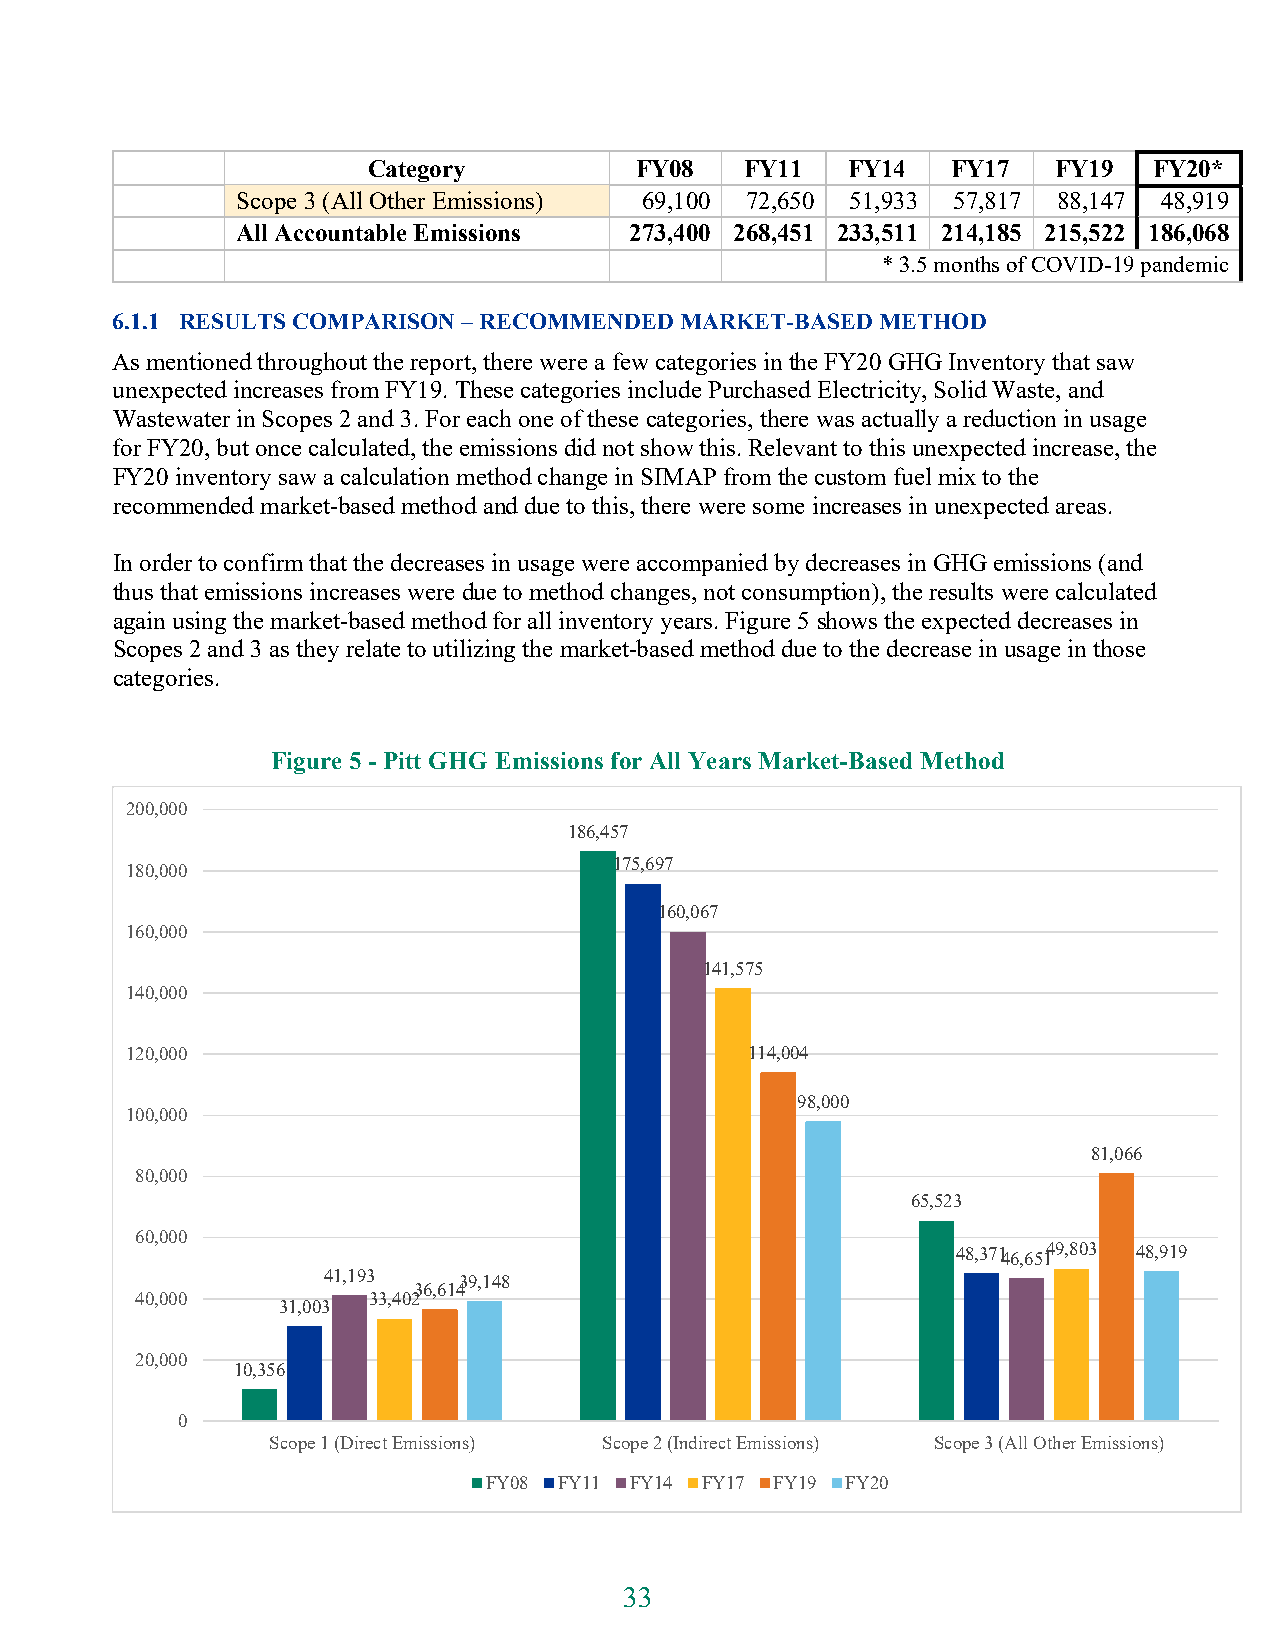
Category          FY08   FY11   FY14   FY17   FY19  FY20*
 Scope 3 (All Other Emissions) 69,100 72,650 51,933 57,817 88,147 48,919
 All Accountable Emissions 273,400 268,451 233,511 214,185 215,522 186,068
 * 3.5 months of COVID-19 pandemic
 6.1.1 RESULTS COMPARISON – RECOMMENDED MARKET-BASED METHOD
 As mentioned throughout the report, there were a few categories in the FY20 GHG Inventory that saw
 unexpected increases from FY19. These categories include Purchased Electricity, Solid Waste, and
 Wastewater in Scopes 2 and 3. For each one of these categories, there was actually a reduction in usage
 for FY20, but once calculated, the emissions did not show this. Relevant to this unexpected increase, the
 FY20 inventory saw a calculation method change in SIMAP from the custom fuel mix to the
 recommended market-based method and due to this, there were some increases in unexpected areas.
 In order to confirm that the decreases in usage were accompanied by decreases in GHG emissions (and
 thus that emissions increases were due to method changes, not consumption), the results were calculated
 again using the market-based method for all inventory years. Figure 5 shows the expected decreases in
 Scopes 2 and 3 as they relate to utilizing the market-based method due to the decrease in usage in those
 categories.
 Figure 5 - Pitt GHG Emissions for All Years Market-Based Method
 200,000
 186,457
 180,000                          175,697
 160,067
 160,000
 141,575
 140,000
 120,000                                   114,004
 98,000
 100,000
 81,066
 80,000
 65,523
 60,000
 48,37146,65149,803 48,919
 41,193   39,148
 36,614
 40,000         33,402
 31,003
 20,000
 10,356
 0
 Scope 1 (Direct Emissions) Scope 2 (Indirect Emissions) Scope 3 (All Other Emissions)
 FY08 FY11 FY14 FY17 FY19 FY20
 33